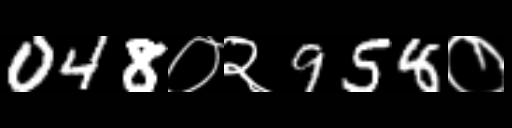
Text: 048०२958०